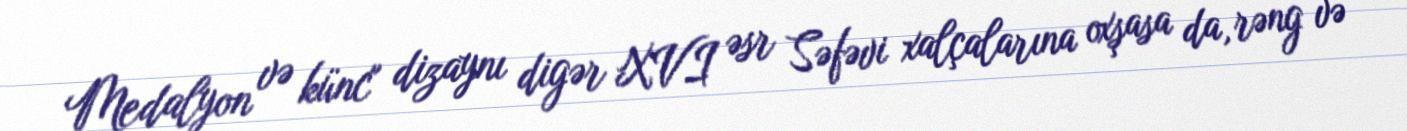
Medalyon və künc" dizaynı digər XVI əsr Səfəvi xalçalarına oxşasa da, rəng və